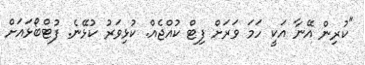
"ކުރިން އޭނާ އަކީ ހަމަ ވަރަށް ފިޓް ކުއްޖެއް. ކުޅިވަރު ކުޅޭނެ. ފުޓްބޯޅައަށް